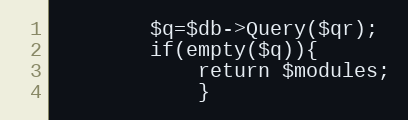
Language: PHP
		$q=$db->Query($qr);
		if(empty($q)){
			return $modules;
			}